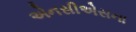
એનસીએસના